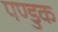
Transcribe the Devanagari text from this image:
पण्डुक